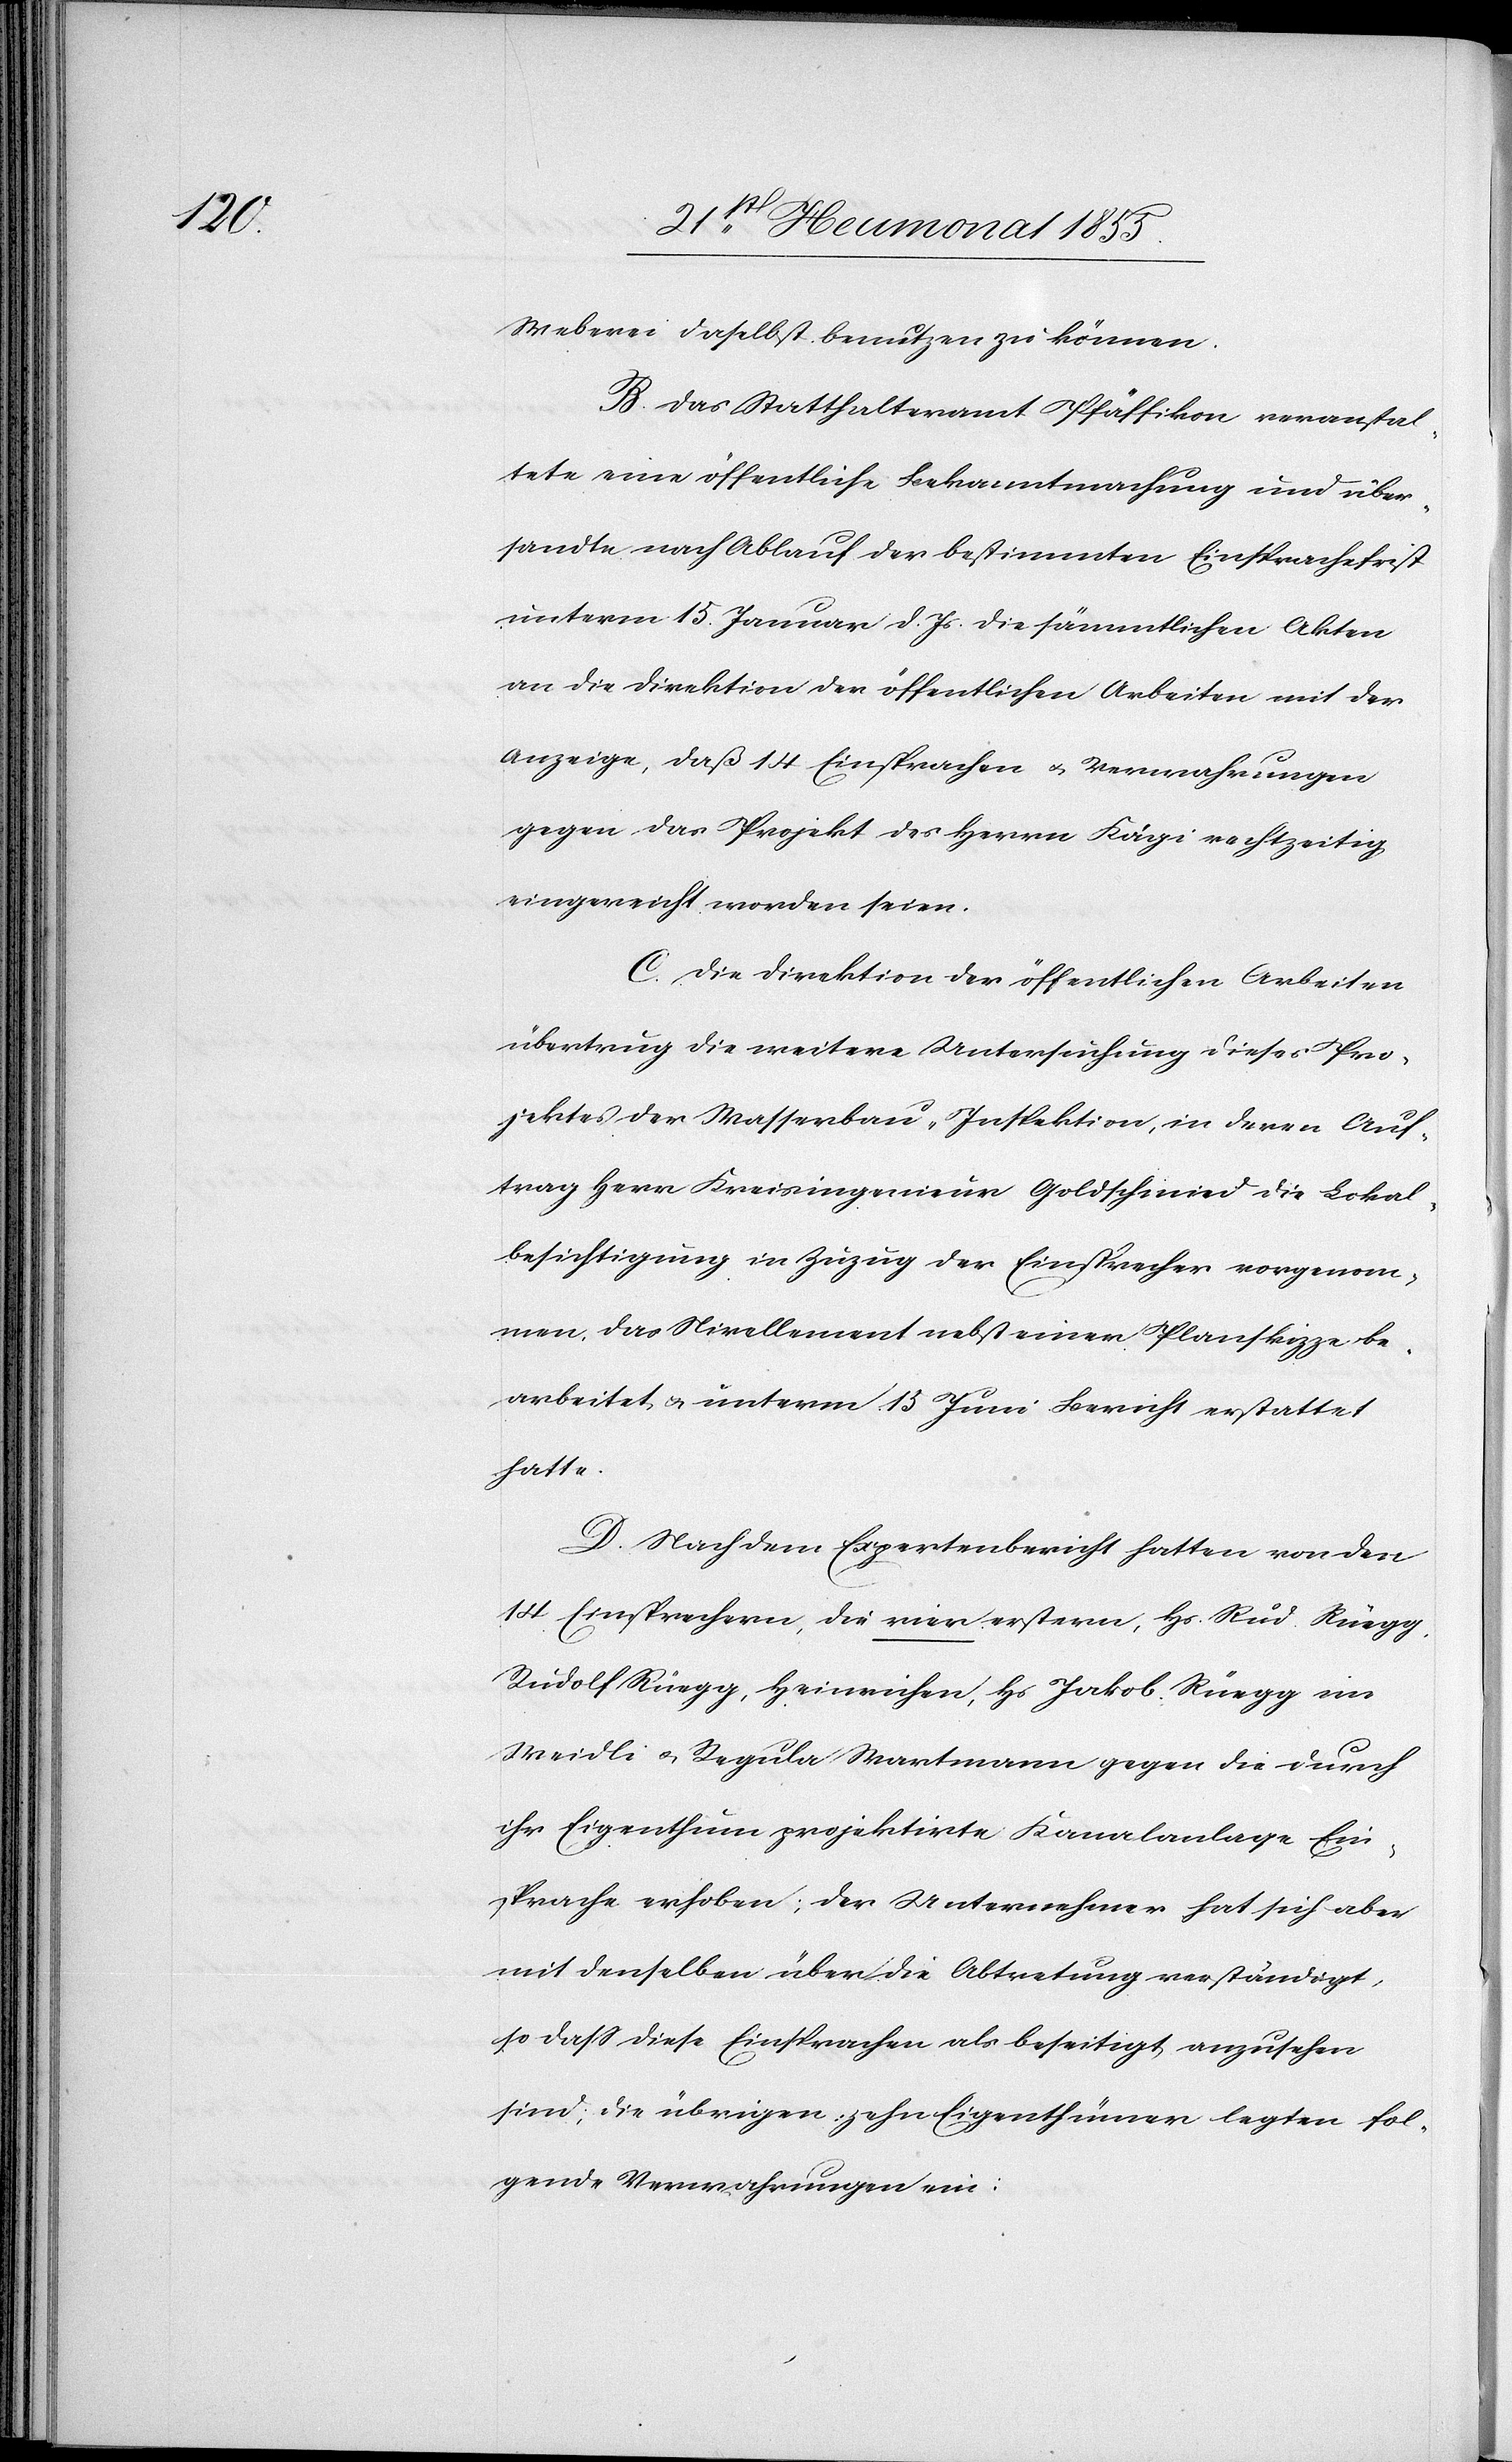
Weberei daselbst benutzen zu können.
B. Das Statthalteramt Pfäffikon, veranstal¬
tete eine öffentliche Bekanntmachung und über¬
sandte nach Ablauf der bestimmten Einsprachefrist
unterm 15. Januar d. Js. die sämmtlichen Akten
an die Direktion der öffentlichen Arbeiten mit der
Anzeige, daß 14 Einsprachen & Verwahrungen
gegen das Projekt des Herrn Kägi rechtzeitig
eingereicht worden seien.
C. Die Direktion der öffentlichen Arbeiten
übertrug die weitere Untersuchung dieses Pro¬
jektes der Wasserbau-Inspektion, in deren Auf¬
trag Herr Kreisingenieur Goldschmied die Lokal¬
besichtigung in Zuzug der Einsprecher vorgenom¬
men, das Nivellement nebst einer Planskizze be¬
arbeitet, & unterm 15 Juni Bericht erstattet
hatte.
D. Nach dem Expertenbericht hatten von den
14 Einsprechern, die vier erstern, Hs. Rud. Rüegg,
Rudolf Rüegg, Heinrichen, Hs. Jakob Rüegg im
Weidli & Regula Wartmann gegen die durch
ihr Eigenthum projektirte Kanalanlage Ein¬
sprache erhoben; der Unternehmer hat sich aber
mit denselben über die Abtretung verständigt,
so dass diese Einsprachen als beseitigt anzusehen
sind; die übrigen zehn Eigenthümer legten fol¬
gende Verwahrungen ein: